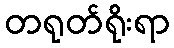
တရုတ်ရိုးရာ